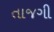
તાજગી